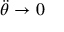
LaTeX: { \ddot { \theta } } \to 0